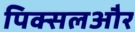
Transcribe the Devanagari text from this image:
पिक्सलऔर